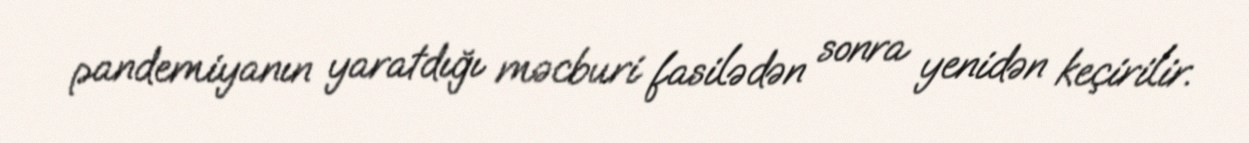
pandemiyanın yaratdığı məcburi fasilədən sonra yenidən keçirilir.